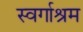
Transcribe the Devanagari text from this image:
स्‍वर्गाश्रम